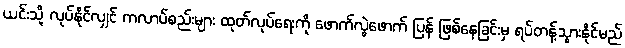
ယင်းသို့ လုပ်နိုင်လျှင် ကလာပ်စည်းများ ထုတ်လုပ်ရေးကို ဖောက်လွဲဖောက် ပြန် ဖြစ်နေခြင်းမှ ရပ်တန့်သွားနိုင်မည်